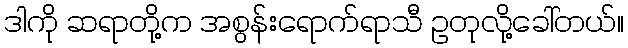
ဒါကို ဆရာတို့က အစွန်းရောက်ရာသီ ဥတုလို့ခေါ်တယ်။